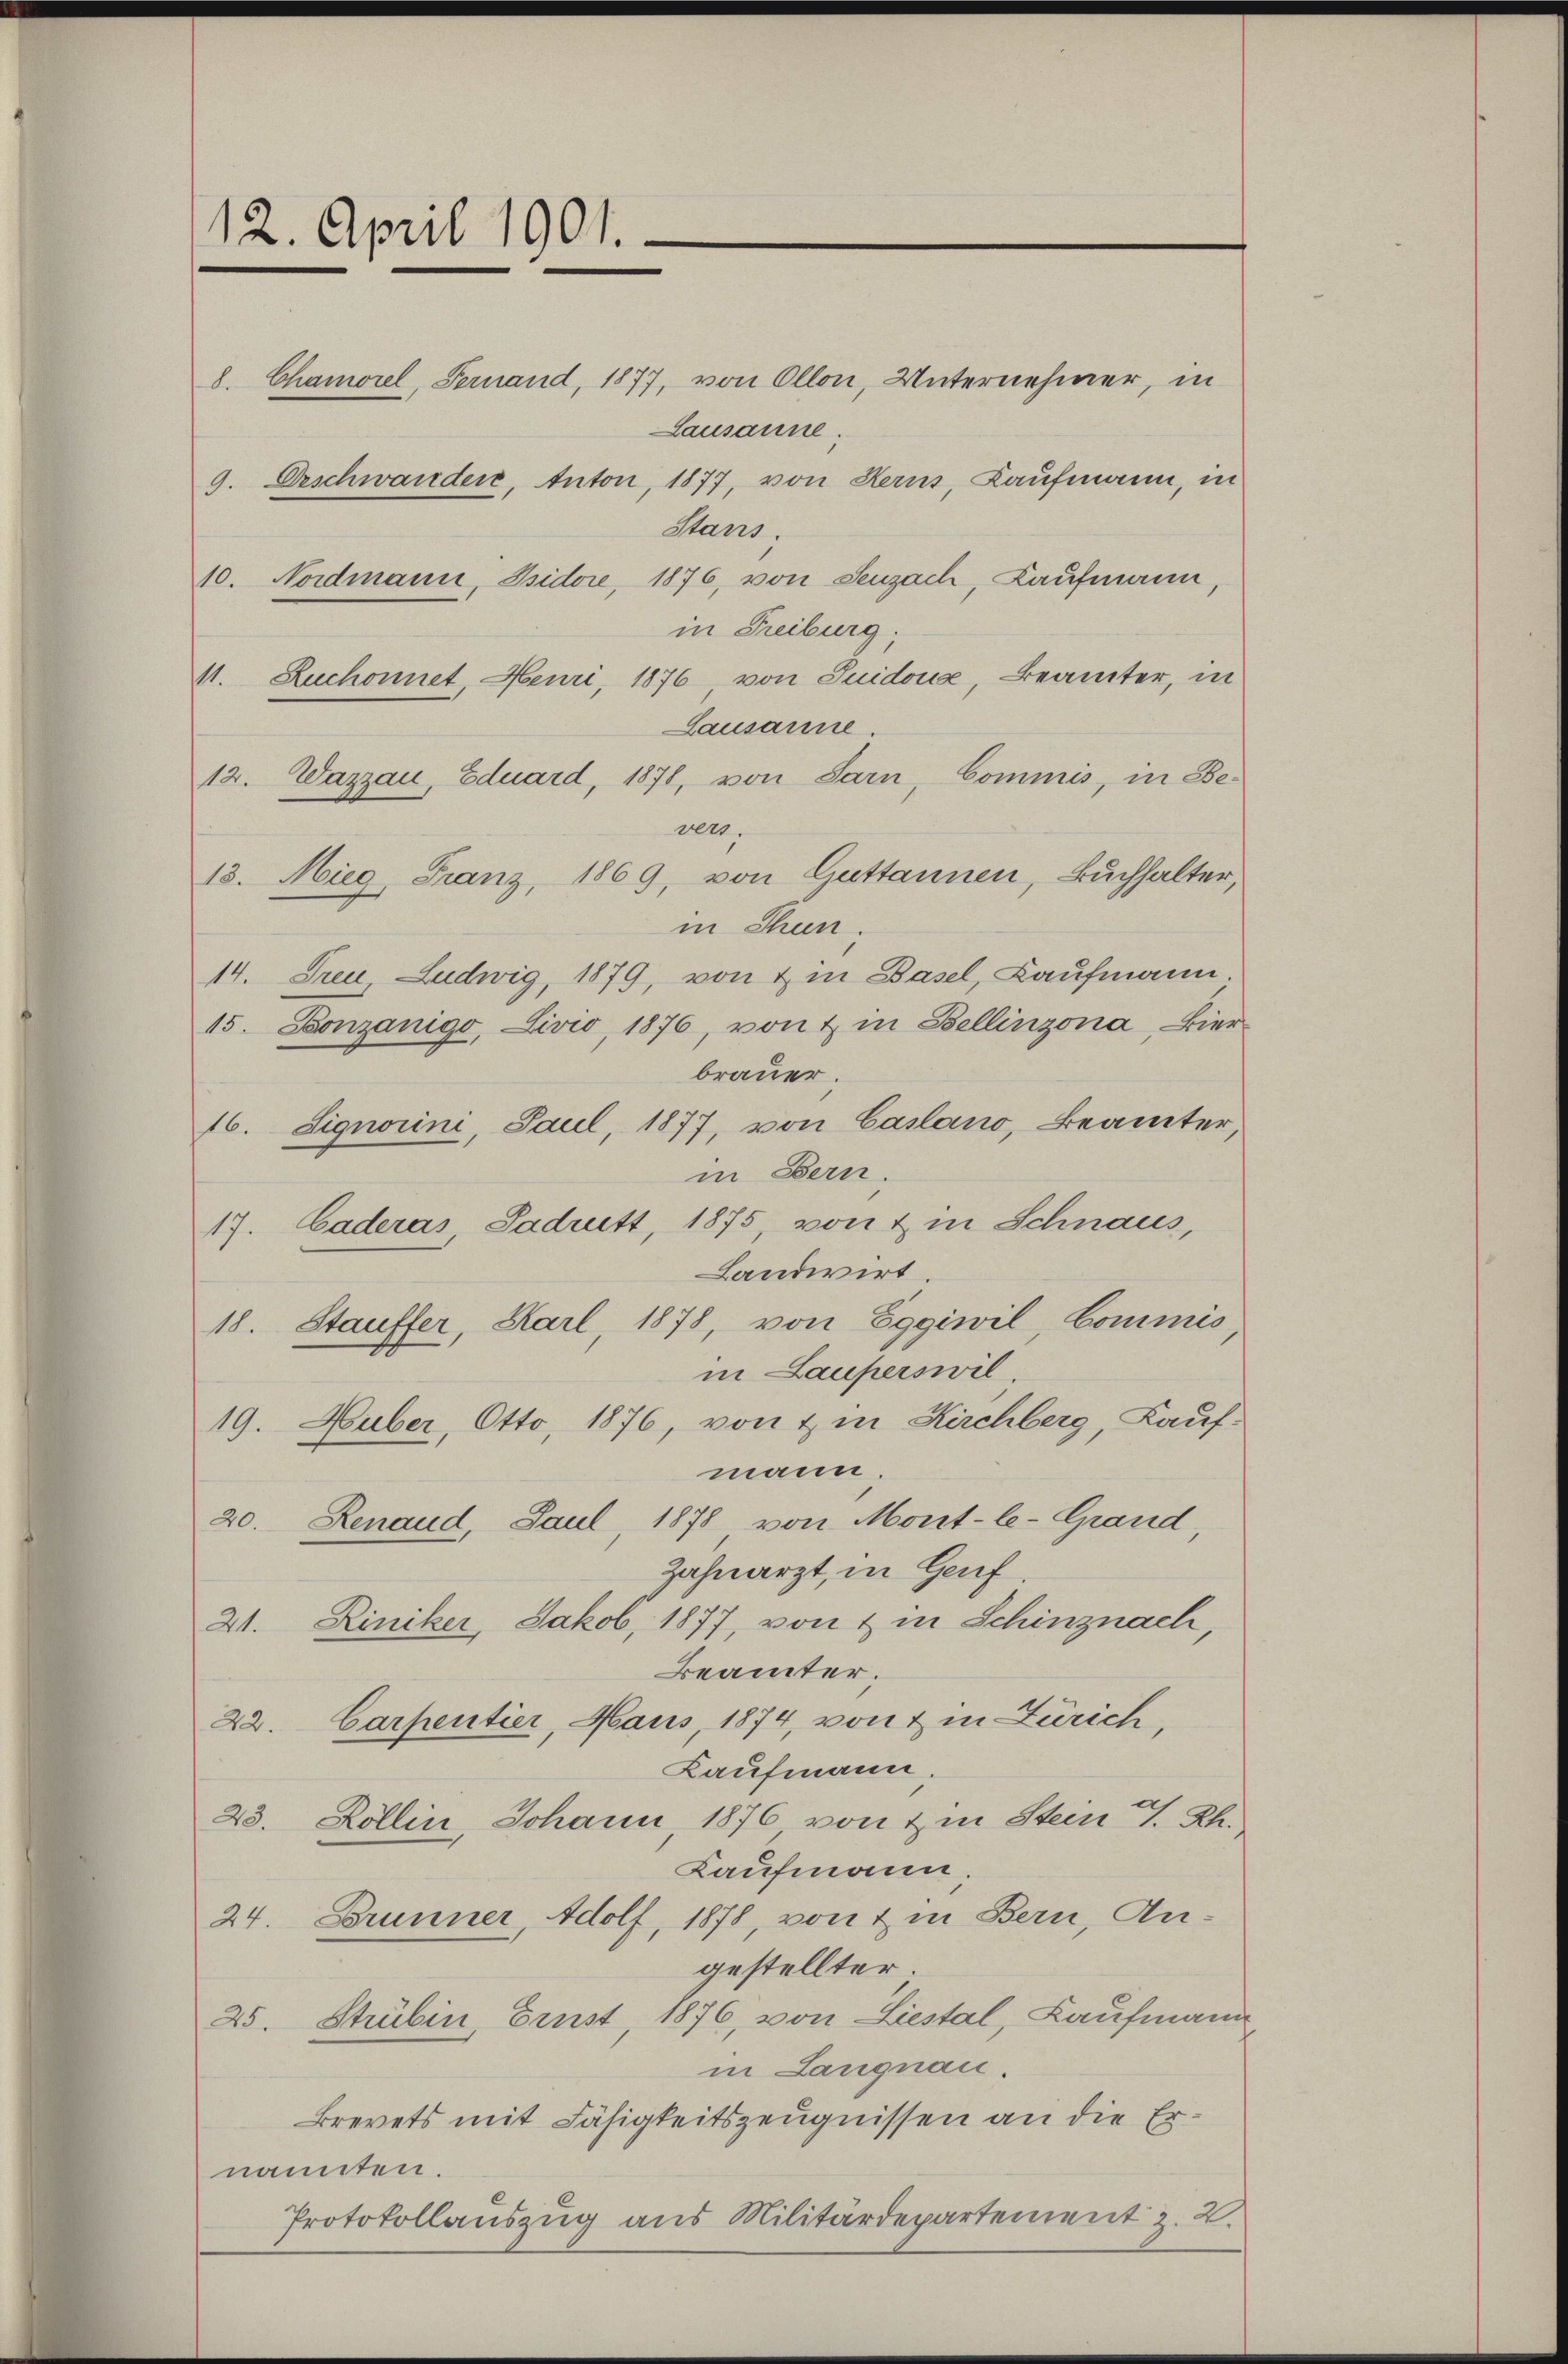
12. April 1901.

8. Chamorel, Fernand, 1877, von Ollon, Unternehmer, in
Lausanne.
9. Beschwander, Anton, 1877, von Kerns, Kaufmann, in
Stans.
10. Nordmann, Isidore, 1876, von Seuzach, Kaufmann,
in Freiburg,
M. Zuchonnet Heuri, 1876, von Suidous, Beamter, in
Lausanne.
12. Wazzau, Eduard, 1878, von Sarn, Commis, in Be-
ver.
13. Mieg, Franz, 1869, von Guttannen, Buchhalter,
in Thun.
14. Treu, Ludwig, 1879, von & in Basel, Kaufmann
15. Bonzanigo, Livio, 1876, von & in Bellinzona, Bier
brauer.
16. Signorini, Paul, 1877, von Casano, Beamter,
in Bern.
17. Caderas Sadritt, 1875, von & in Schnaus,
Landwirt.
18. Stauffer, Karl 1878, von Eggiwil, Commis
in Lauperswil.
19. Huber, Otto, 1876, von & in Kirchberg, Kauf-
mann.
20. Renaud, Paul, 1878 von Mont-le-Grand,
Zahnarzt, in Genf
21. Liniker, Jakob, 1877, von & in Schinznach,
Beämter.
22. Carpentier, Haus, 1874, von & in Zürich,
Kaufmann.
23. Zollin, Johann, 1876 von Im Stein T. Rh.
Kaufmann
24. Brunner, Adolf, 1878, von & in Bern, Angestellter
25. Strubin, Ernst, 1876, von Liestal, Kaufmann
in Langnau.
Brevets mit Fähigkeitszeugnissen an die Ernanten.
Protokollauszug aus Militärdepartement z. B.